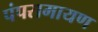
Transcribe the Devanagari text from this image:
पंपरामायण